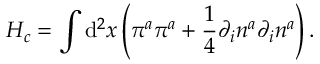
H _ { c } = \int \mathrm { d } ^ { 2 } x \left( \pi ^ { a } \pi ^ { a } + \frac { 1 } { 4 } \partial _ { i } n ^ { a } \partial _ { i } n ^ { a } \right) .